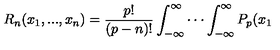
R _ { n } ( x _ { 1 } , . . . , x _ { n } ) = \frac { p ! } { \left( p - n \right) ! } \int _ { - \infty } ^ { \infty } \cdot \cdot \cdot \int _ { - \infty } ^ { \infty } P _ { p } ( x _ { 1 }